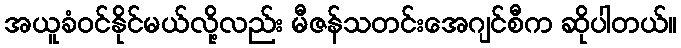
အယူခံဝင်နိုင်မယ်လို့လည်း မီဇန်သတင်းအေဂျင်စီက ဆိုပါတယ်။